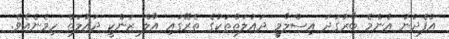
އުފެދުނު އެންމެ ބާރުގަދަ އިސްލާމީ ދައުލަތްތަކުގެ ތެރޭގައި އާލް ޒަންކީ ދައުލަތް ހިމެނެއެވެ.